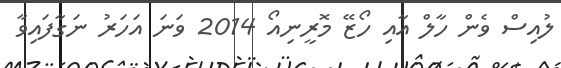
ލުއިސް ވެން ހާލް އާއި ހޯޒޭ މޮރީނިއޯ 2014 ވަނަ އަހަރު ނަގާފައިވާ